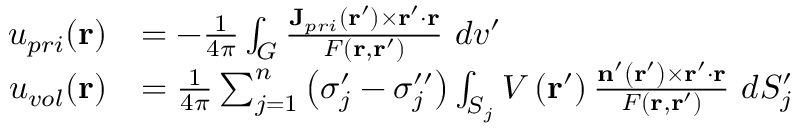
\begin{array} { r l } { u _ { p r i } ( \mathbf { r } ) } & { = - \frac { 1 } { 4 \pi } \int _ { G } \frac { \mathbf { J } _ { p r i } ( \mathbf { r } ^ { \prime } ) \times \mathbf { r } ^ { \prime } \cdot \mathbf { r } } { F ( \mathbf { r } , \mathbf { r } ^ { \prime } ) } \ d v ^ { \prime } } \\ { u _ { v o l } ( \mathbf { r } ) } & { = \frac { 1 } { 4 \pi } \sum _ { j = 1 } ^ { n } \left( \sigma _ { j } ^ { \prime } - \sigma _ { j } ^ { \prime \prime } \right) \int _ { S _ { j } } V \left( \mathbf { r } ^ { \prime } \right) \frac { \mathbf { n } ^ { \prime } \left( \mathbf { r } ^ { \prime } \right) \times \mathbf { r } ^ { \prime } \cdot \mathbf { r } } { F \left( \mathbf { r } , \mathbf { r } ^ { \prime } \right) } \ d S _ { j } ^ { \prime } } \end{array}